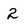
Character: 2